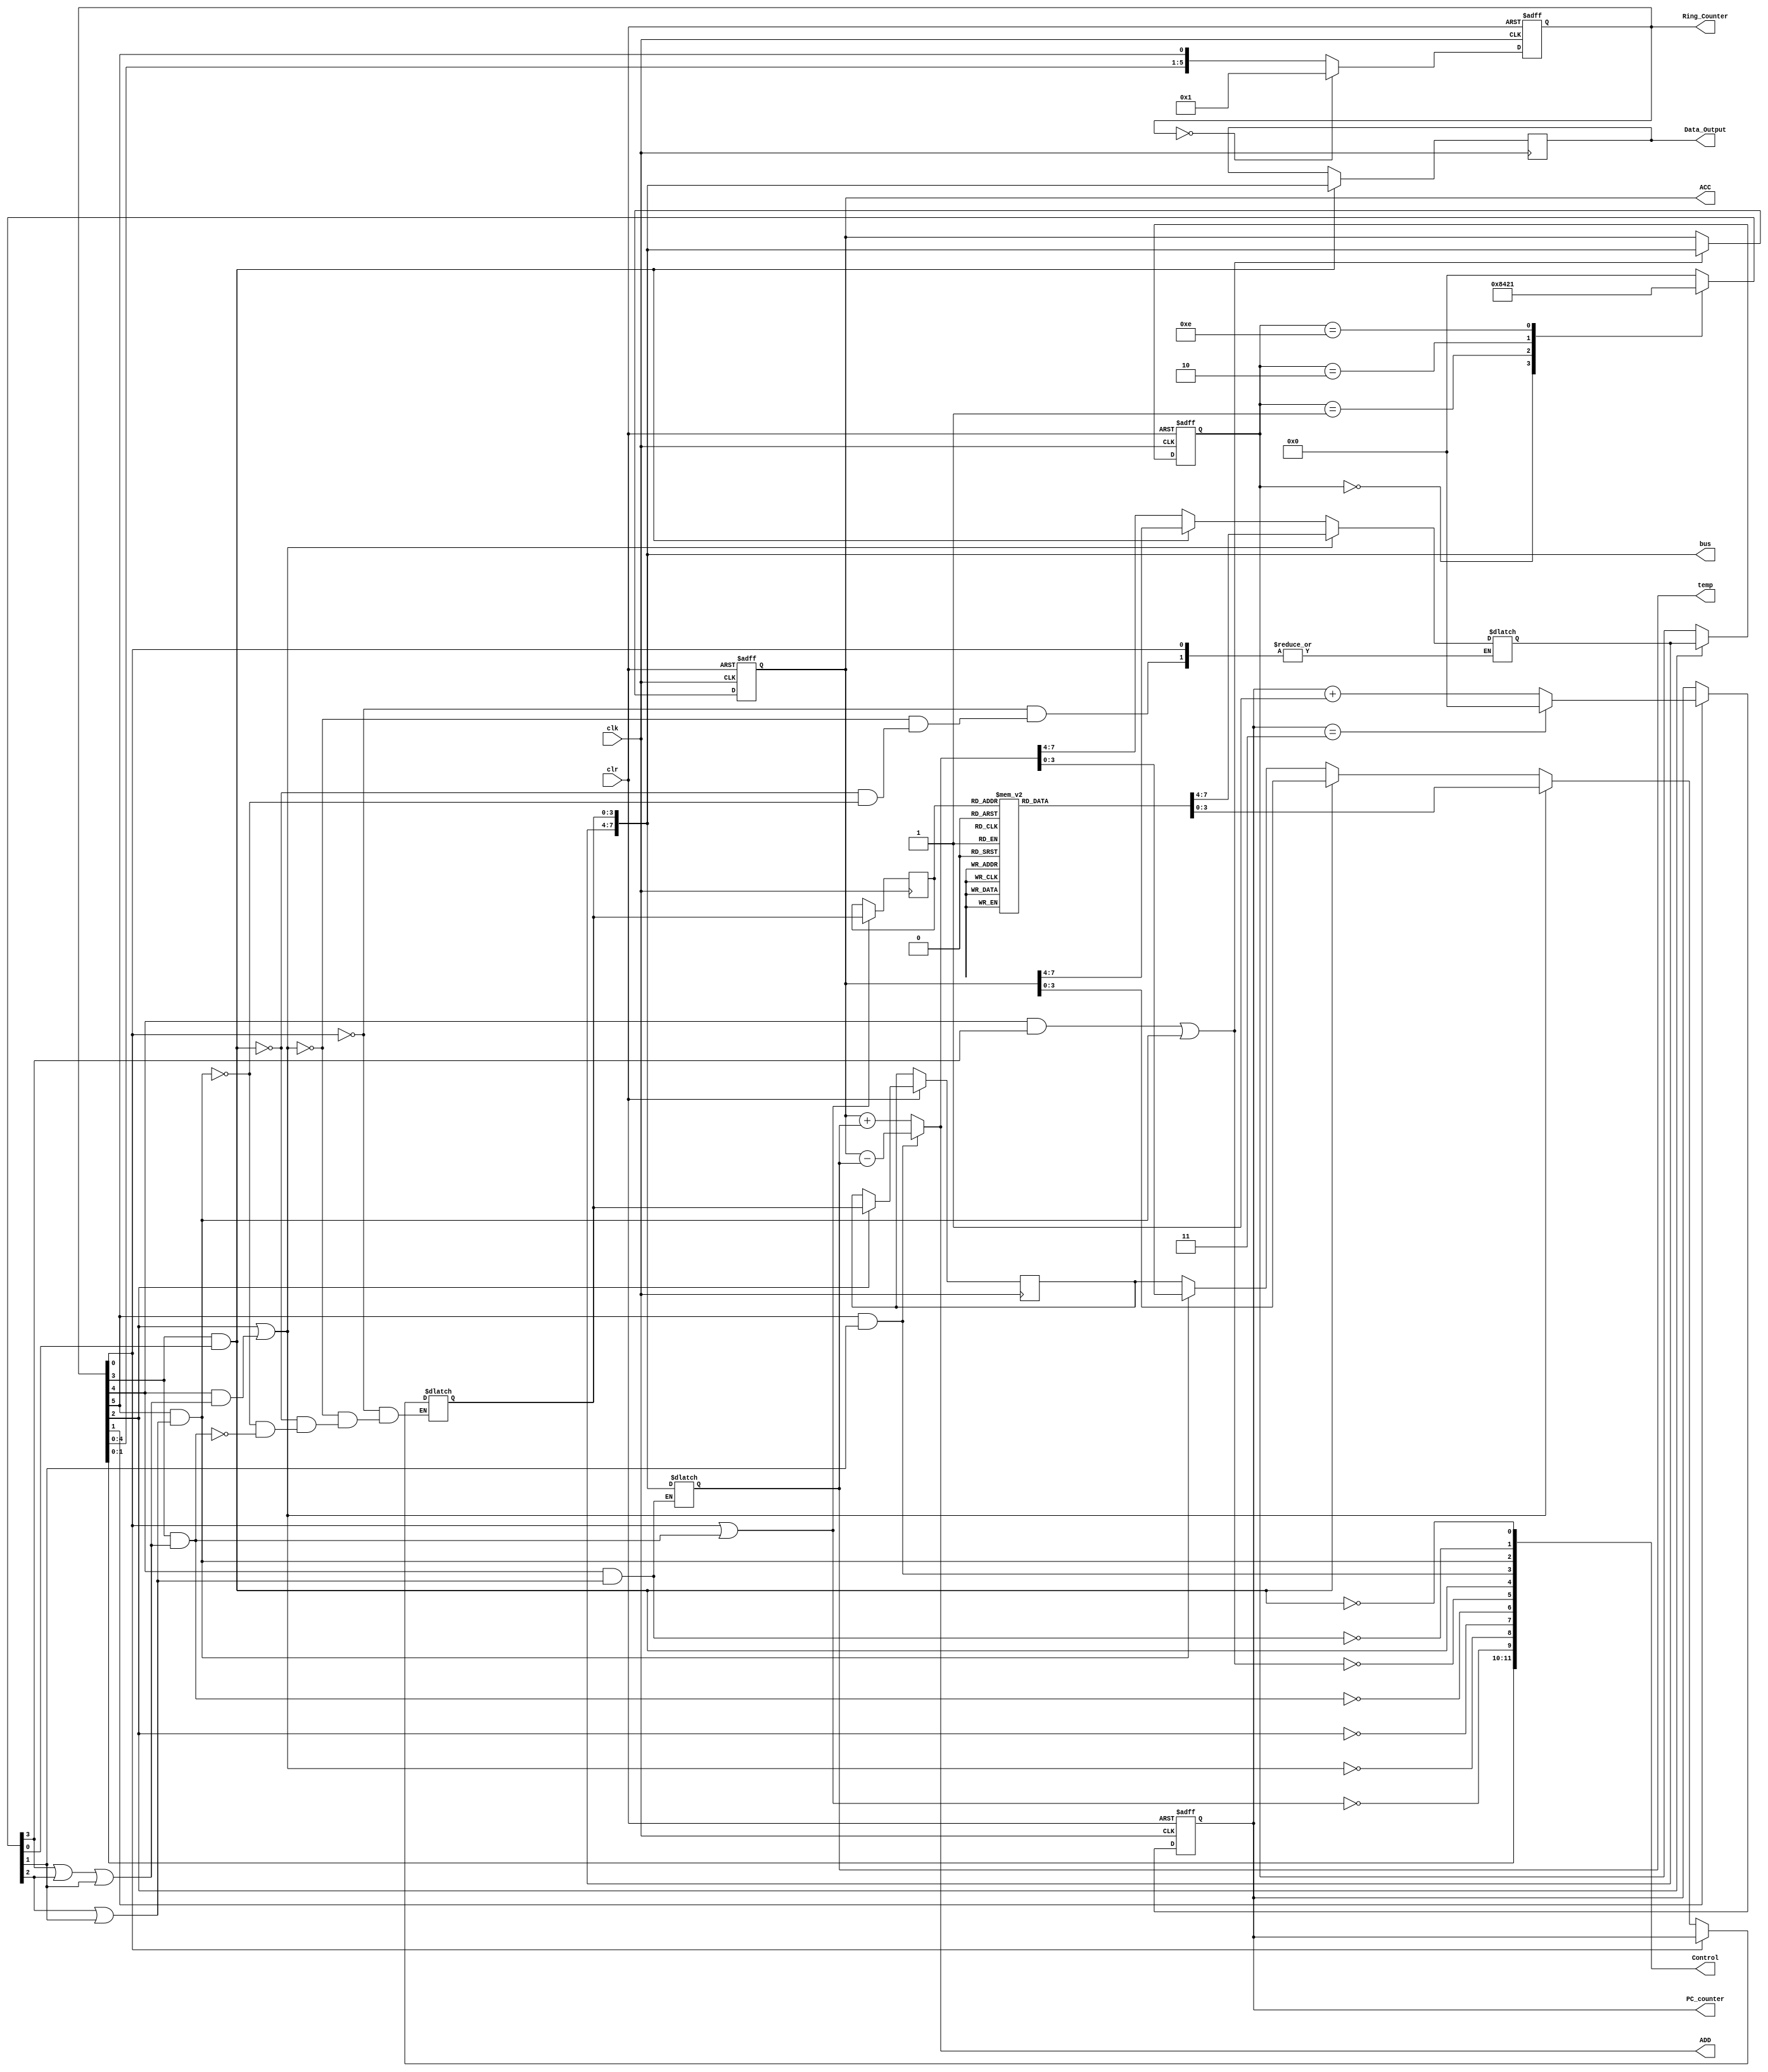
module test (
	input clk,
	input clr,
	//input [7:0]Data,
	output reg [5:0]Ring_Counter,
	output [11:0]Control,
	output reg[7:0]Data_Output,
	output reg[7:0]ACC,
	output reg[7:0]ADD,
	output reg[7:0]temp,
	output reg[7:0]bus,
	output reg [3:0]PC_counter
);
	reg [3:0]decoder;
	//reg [3:0]PC_counter;
	//reg [7:0]bus;
	reg [3:0]MAR;
	reg [7:4]i;
	reg [3:0]i2;
	//reg [7:0]ACC;
	//reg [7:0]ADD;
	//reg [7:0]temp;
//---------------------control------------------------------
	always@(i)begin
		case(i)
			4'b0000:decoder<=4'b1000;
			4'b0001:decoder<=4'b0100;
			4'b0010:decoder<=4'b0010;
			4'b1110:decoder<=4'b0001;
			default:decoder<=4'b0000;
		endcase
	end
	always@(posedge clk,negedge clr)begin
		if(!clr) Ring_Counter<=6'b000000;
		else if(Ring_Counter==0)Ring_Counter<=6'b000001;
		else Ring_Counter<={Ring_Counter[4:0],Ring_Counter[5]};
	end
	assign Control[11]=Ring_Counter[1];
	assign Control[10]=Ring_Counter[0];
	assign Control[9]=!(Ring_Counter[0]||Ring_Counter[3]&&(decoder[3]||decoder[2]||decoder[1]));
	assign Control[8]=!(Ring_Counter[2]||Ring_Counter[4]&&(decoder[3]||decoder[2]||decoder[1]));
	assign Control[7]=!Ring_Counter[2];
	assign Control[6]=!(Ring_Counter[3]&&(decoder[3]||decoder[2]||decoder[1]));
	assign Control[5]=!(Ring_Counter[4]&&decoder[3]||Ring_Counter[5]&&(decoder[2]||decoder[1]));
	assign Control[4]=Ring_Counter[3]&&decoder[0];
	assign Control[3]=Ring_Counter[5]&&decoder[1];
	assign Control[2]=Ring_Counter[5]&&(decoder[2]||decoder[1]);
	assign Control[1]=!(Ring_Counter[4]&&(decoder[2]||decoder[1]));
	assign Control[0]=!(Ring_Counter[3]&&decoder[0]);
//---------------------Program Counter-------------------
	always@(negedge clk,negedge clr)begin
		if(!clr) PC_counter<=0;
		else begin
			if(Control[11])begin
				PC_counter<=PC_counter+1;
				if(PC_counter==3)PC_counter<=0;
			end 
		end
	end
//----------------------ROM----------------------------
	function [7:0]Instruction_decoder;
		input [3:0]sel;
		case(sel)
			4'd0 : Instruction_decoder = 8'h09 ;
			4'd1 : Instruction_decoder = 8'h1a ;
			4'd2 : Instruction_decoder = 8'h2b ;
			4'd3 : Instruction_decoder = 8'hec ;
			4'd4 : Instruction_decoder = 8'he0 ;
			4'd5 : Instruction_decoder = 8'hf0 ;
			4'd6 : Instruction_decoder = 8'hf0 ;
			4'd7 : Instruction_decoder = 8'h00 ;
			4'd8 : Instruction_decoder = 8'h00 ;
			4'd9 : Instruction_decoder = 8'h10 ;
			4'd10 : Instruction_decoder = 8'h14 ;
			4'd11 : Instruction_decoder = 8'h18 ;
			4'd12 : Instruction_decoder = 8'h20 ;
			4'd13 : Instruction_decoder = 8'h00 ;
			4'd14 : Instruction_decoder = 8'h00 ;
			4'd15 : Instruction_decoder = 8'h00 ;
			default : Instruction_decoder = 8'h00 ;
		endcase
	endfunction
//----------------------multiple------------------------
	always@(*)begin
		casex(Control)
		     //ba9876543210
			12'bx1xxxxxxxxxx:bus[3:0]<=PC_counter;
			12'bxxx0xxxxxxxx:bus<=Instruction_decoder(MAR);
			12'bxxxxxxx1xxxx:bus<=ACC;
			12'bxxxxxxxxx1xx:bus<=ADD;
			12'bxxxxx0xxxxxx:bus[3:0]<=i2;
		endcase
	end

//----------------------Memory Address Register--------
	always@(posedge clk)begin
		if(!Control[9])begin
			MAR<=bus[3:0];
		end
	end
//----------------------Instruction Register-----------
	always@(posedge clk,negedge clr)begin
		if(!clr)i<=0;
		else begin
			if(!Control[7])begin 
				i<=bus[7:4];
				i2<=bus[3:0];
			end
		end
	end
//----------------------Accumulator-----------------------
	always@(posedge clk,negedge clr)begin
		if(!clr)ACC<=0;
		else begin
			if(!Control[5])begin
				ACC<=bus;
			end
		end
	end
//----------------------Adder--------------------
	always@(ACC,temp,Control[3],Control[1])begin
	
		if(Control[3])begin
			ADD<=ACC-temp;
		end else begin
			ADD<=ACC+temp;
		end
		if(!Control[1])begin
			temp<=bus;
		end
	end
//---------------------Output---------------------
	always@(posedge clk)begin
		if(!Control[0])begin
			Data_Output<=bus;
		end
	end
	
endmodule